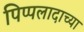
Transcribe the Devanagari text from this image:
पिप्पलादाच्या